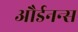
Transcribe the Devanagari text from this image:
और्डनन्स